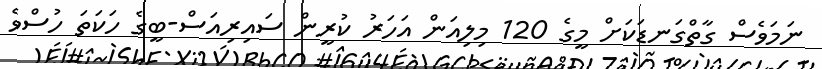
ނަމަވެސް ގާތްގަނޑަކަށް މީގެ 120 މިލިއަން އަހަރު ކުރީން ސައިރިއަސް-ބީގެ ހަކަތަ ހުސްވެ